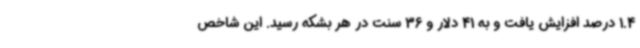
1.4 درصد افزایش یافت و به 41 دلار و 36 سنت در هر بشکه رسید. این شاخص